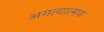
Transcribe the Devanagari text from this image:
अगत्यात्मक